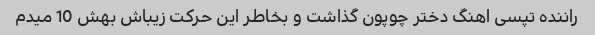
راننده تپسی اهنگ دختر چوپون گذاشت و بخاطر این حرکت زیباش بهش 10 میدم